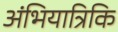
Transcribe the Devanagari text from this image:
अंभियात्रिकि